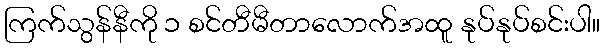
ကြက်သွန်နီကို ၁ စင်တီမီတာလောက်အထူ နုပ်နုပ်စင်းပါ။